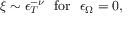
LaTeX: \xi \sim \epsilon _ { T } ^ { - \nu } \ \ \mathrm { f o r } \ \ \epsilon _ { \Omega } = 0 ,